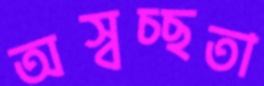
অস্বচ্ছতা